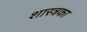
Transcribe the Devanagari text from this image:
शास्त्रका